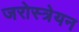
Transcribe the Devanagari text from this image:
जरोस्त्रेयन